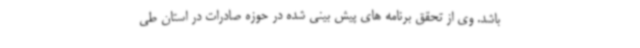
باشد. وی از تحقق برنامه های پیش بینی شده در حوزه صادرات در استان طی